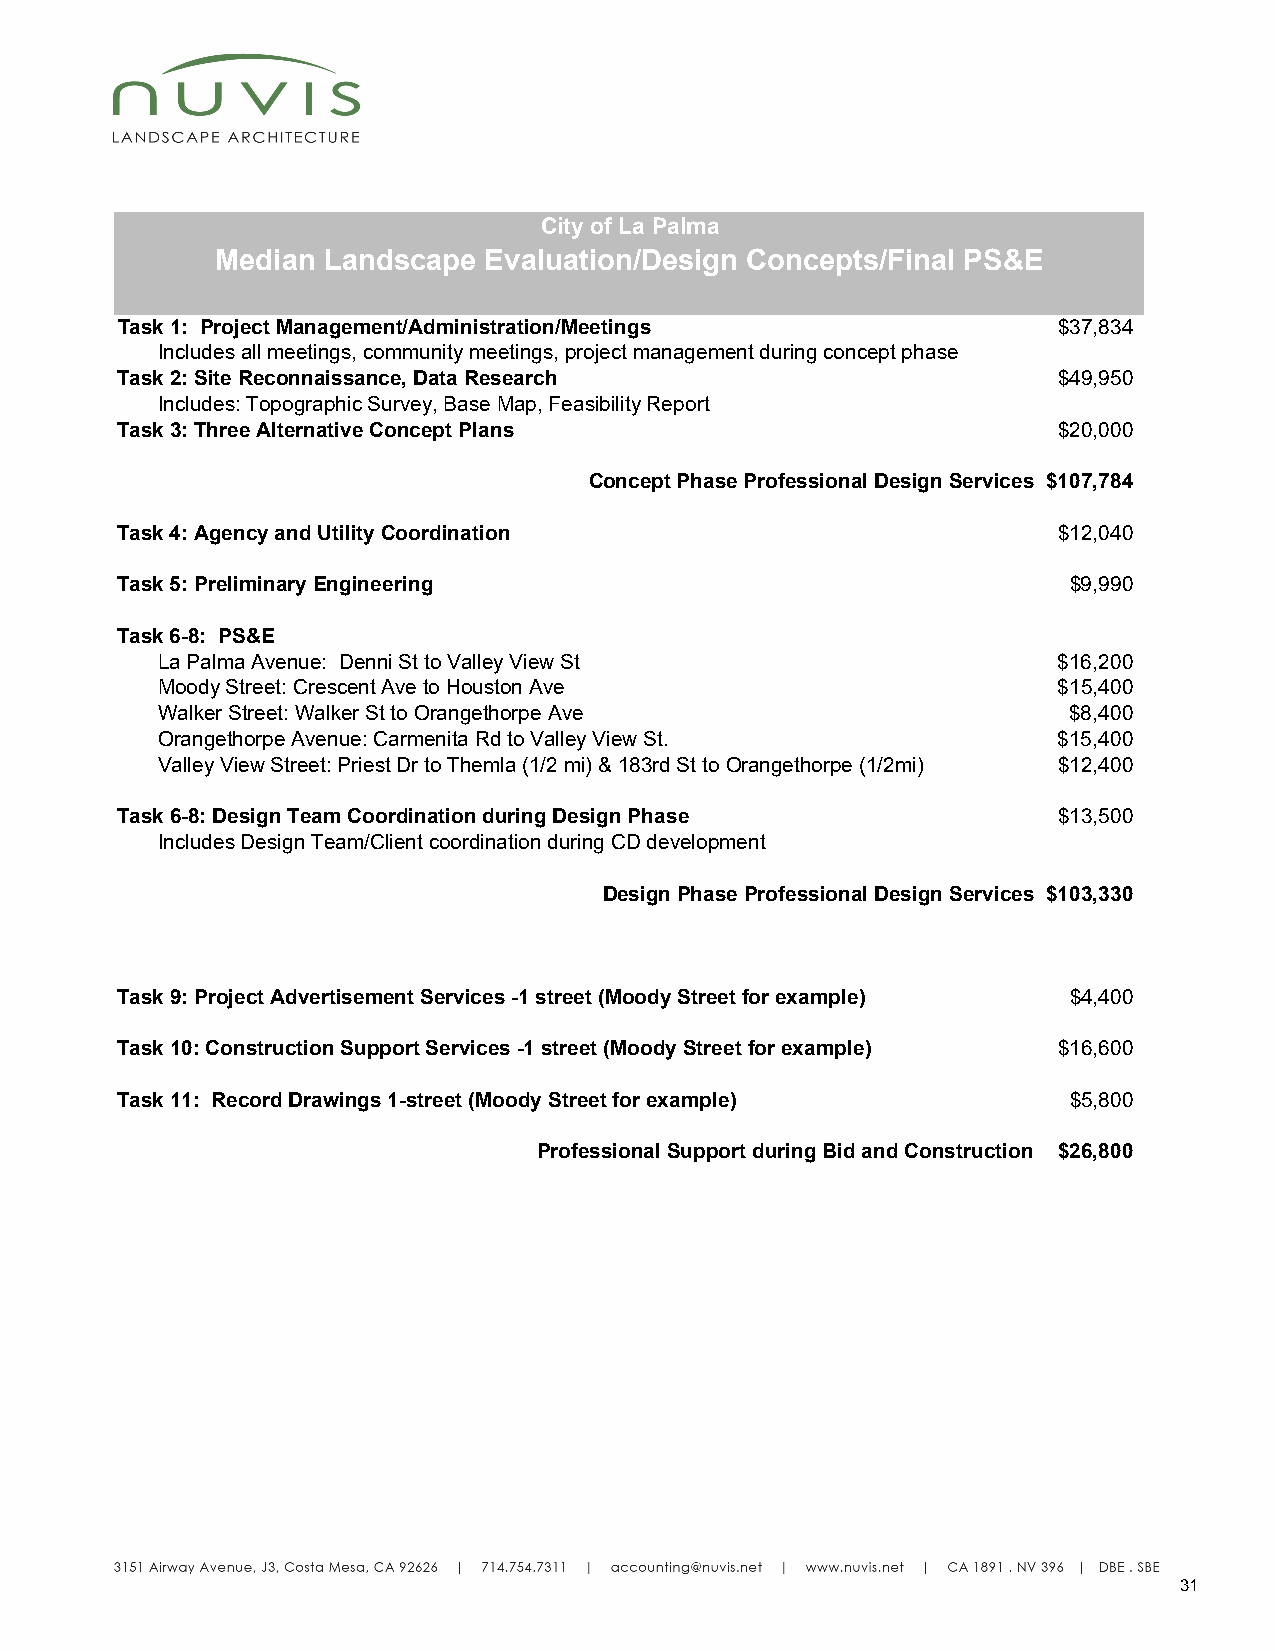
City of La Palma
 Median Landscape  Evaluation/Design Concepts/Final PS&E
 Task 1: Project Management/Administration/Meetings            $37,834
 Includes all meetings, community meetings, project management during concept phase
 Task 2: Site Reconnaissance, Data Research                    $49,950
 Includes: Topographic Survey, Base Map, Feasibility Report
 Task 3: Three Alternative Concept Plans                       $20,000
 Concept Phase Professional Design Services $107,784
 Task 4: Agency and Utility Coordination                       $12,040
 Task 5: Preliminary Engineering                                $9,990
 Task 6-8: PS&E
 La Palma Avenue: Denni St to Valley View St                 $16,200
 Moody Street: Crescent Ave to Houston Ave                   $15,400
 Walker Street: Walker St to Orangethorpe Ave                 $8,400
 Orangethorpe Avenue: Carmenita Rd to Valley View St.        $15,400
 Valley View Street: Priest Dr to Themla (1/2 mi) & 183rd St to Orangethorpe (1/2mi) $12,400
 Task 6-8: Design Team Coordination during Design Phase        $13,500
 Includes Design Team/Client coordination during CD development
 Design Phase Professional Design Services $103,330
 Task 9: Project Advertisement Services -1 street (Moody Street for example) $4,400
 Task 10: Construction Support Services -1 street (Moody Street for example) $16,600
 Task 11: Record Drawings 1-street (Moody Street for example)   $5,800
 Professional Support during Bid and Construction $26,800
 31